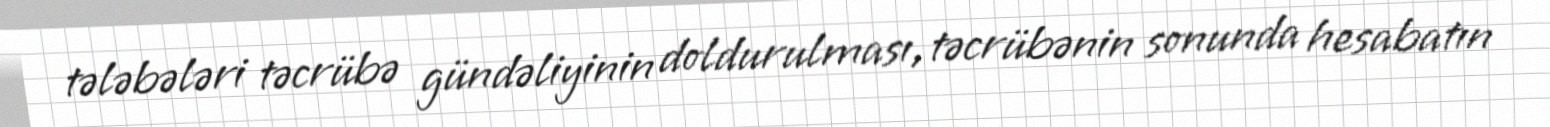
tələbələri təcrübə gündəliyinin doldurulması, təcrübənin sonunda hesabatın